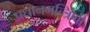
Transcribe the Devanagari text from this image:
प्रधानमन्त्रिणी